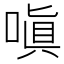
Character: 嗔